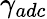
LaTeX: \gamma_{adc}